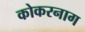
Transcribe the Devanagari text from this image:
कोकरनाग